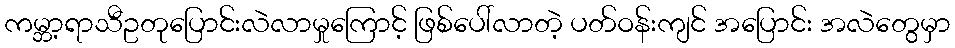
ကမ္ဘာ့ရာသီဥတုပြောင်းလဲလာမှုကြောင့် ဖြစ်ပေါ်လာတဲ့ ပတ်ဝန်းကျင် အပြောင်း အလဲတွေမှာ